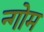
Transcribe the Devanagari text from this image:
न्गोम